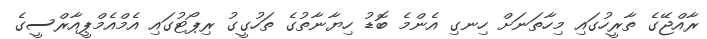
ރާއްޖޭގެ ތާރީހުގައި މިހާތަނަށް ހިނގި އެންމެ ބޮޑު ހިޔާނާތުގެ ތަހުގީގު ރިޕޯޓުގައި އެމްއެމްޕީއާރްސީގެ